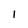
Character: 1